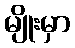
မျိုးမှာ